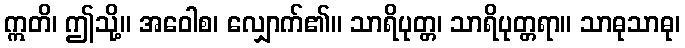
ဣတိ၊ ဤသို့။ အဝေါစ၊ လျှောက်၏။ သာရိပုတ္တ၊ သာရိပုတ္တရာ။ သာဓုသာဓု၊